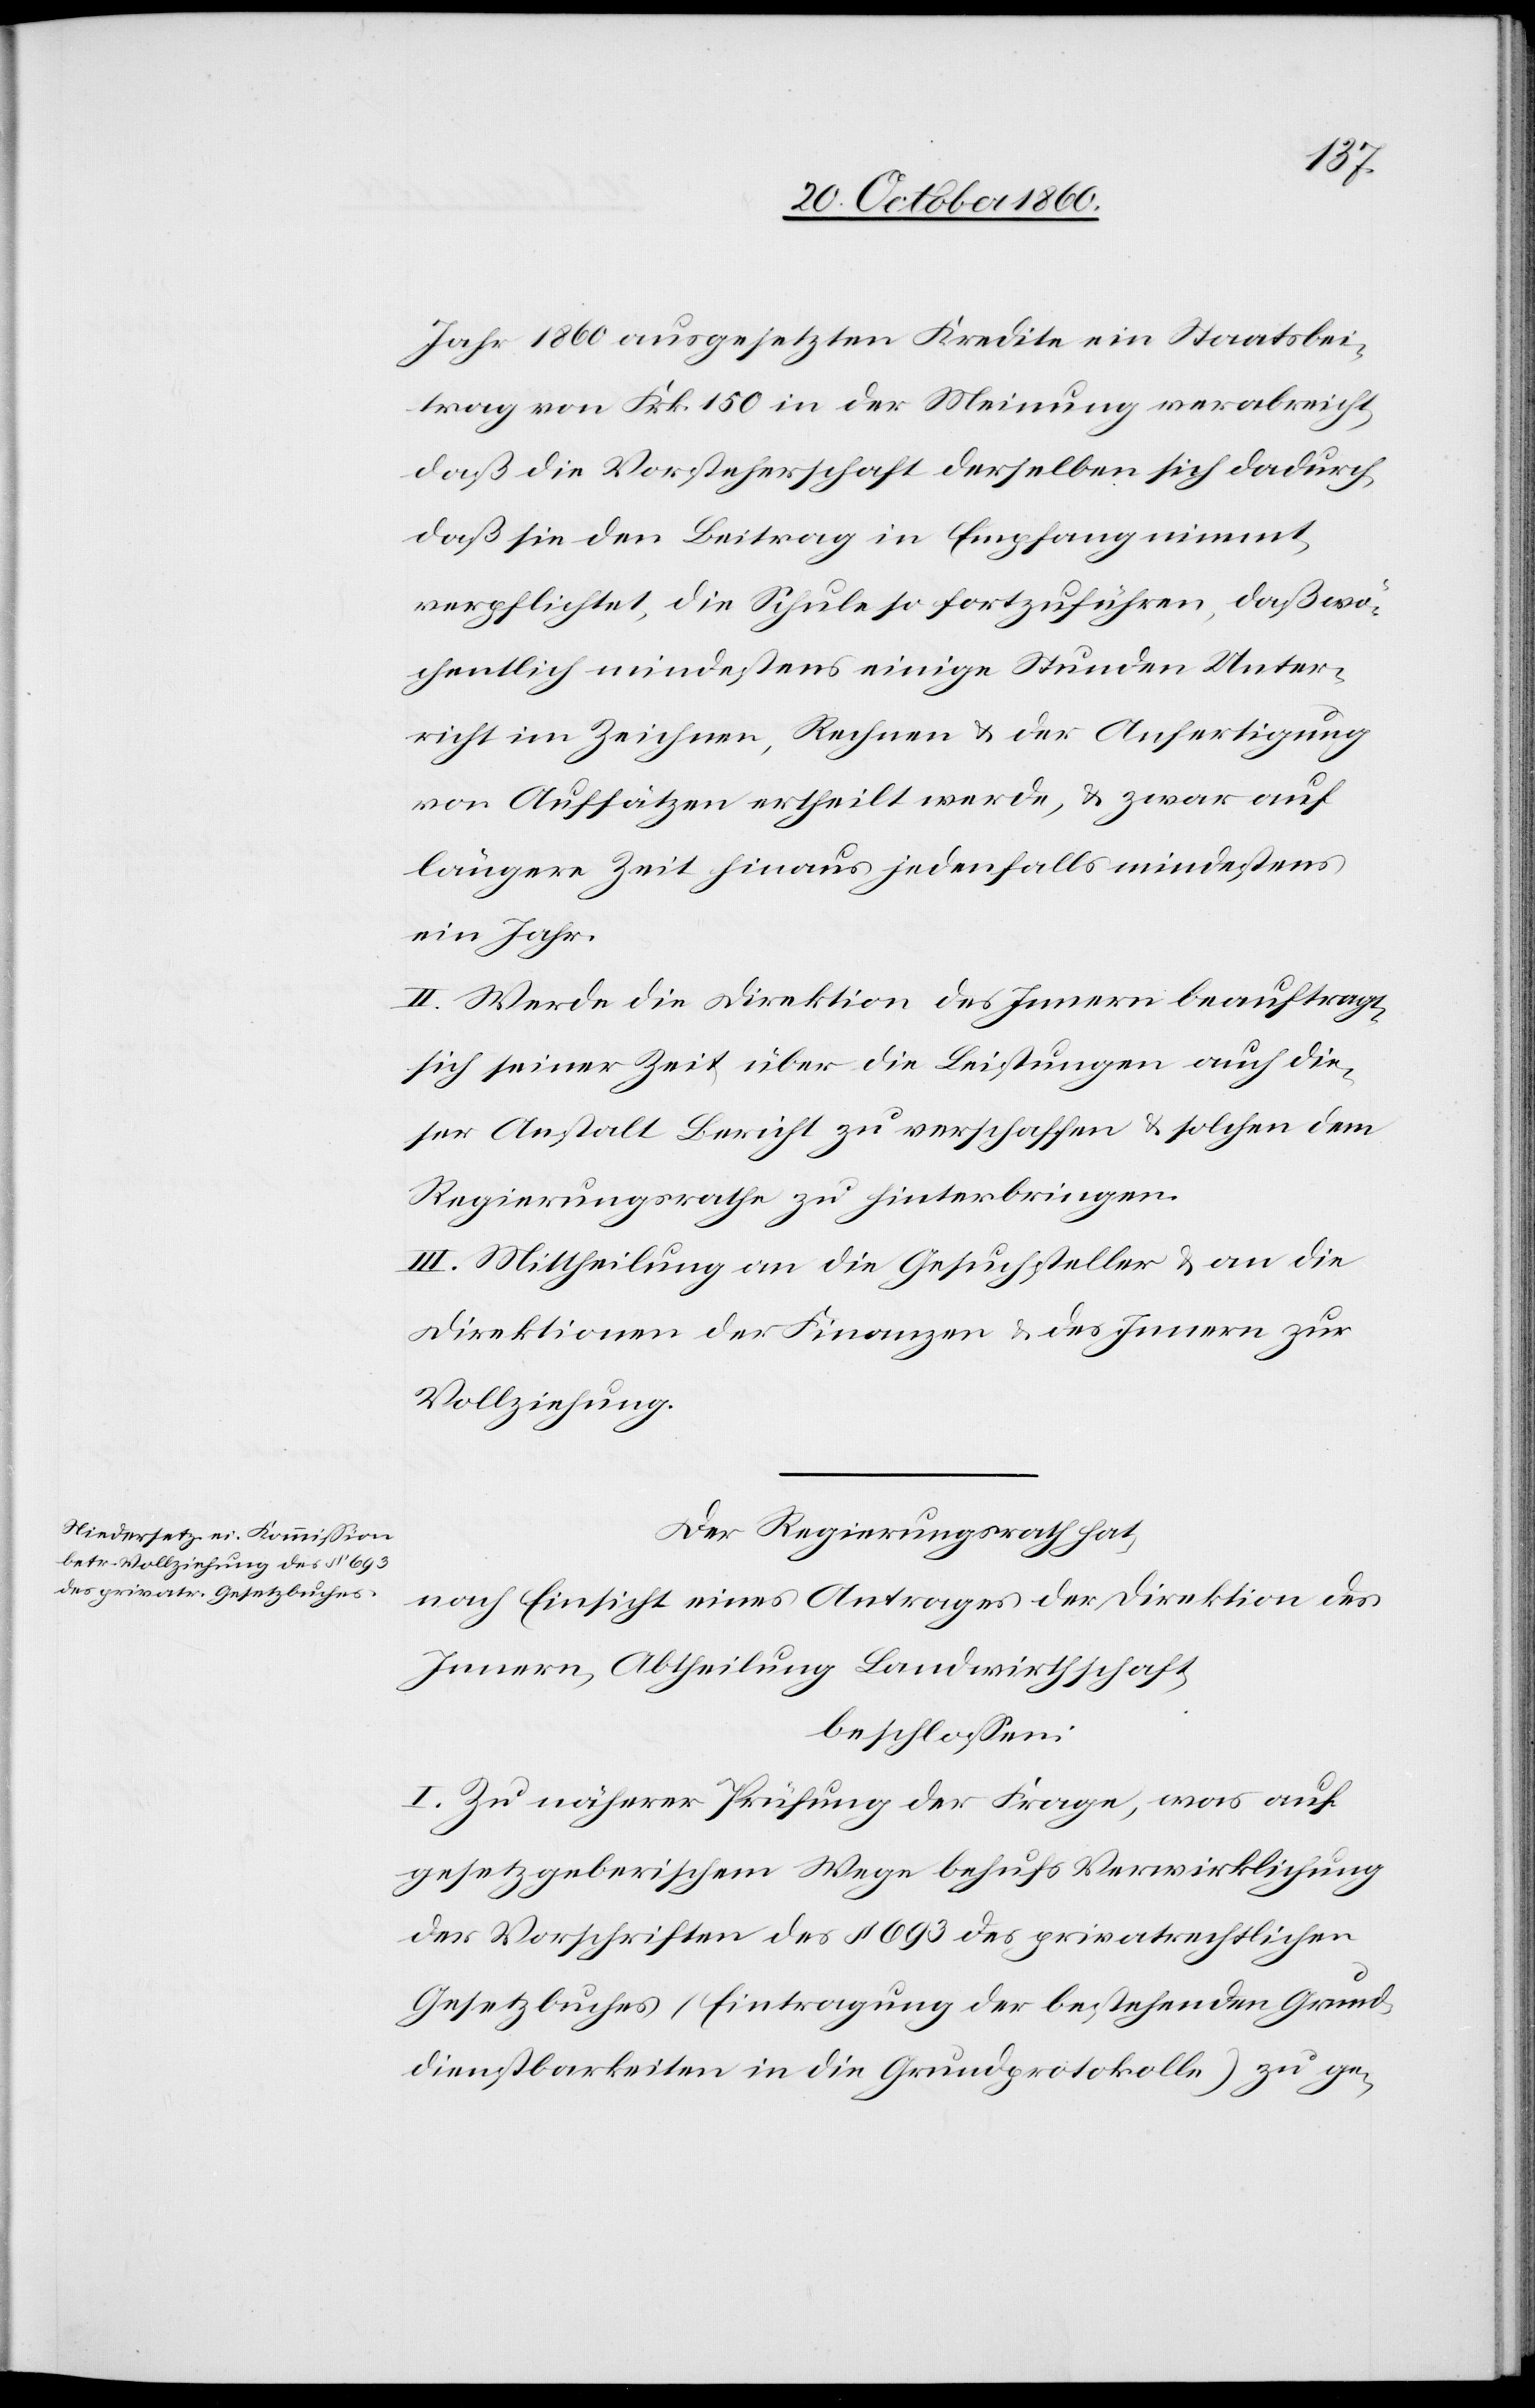
Jahr 1860 ausgesetzten Kredite ein Staatsbei¬
trag von Frk. 150 in der Meinung verabreicht,
daß die Vorsteherschaft derselben sich dadurch,
daß sie den Beitrag in Empfang nimmt,
verpflichtet, die Schule so fortzuführen, daß wö¬
chentlich mindestens einige Stunden Unter¬
richt im Zeichnen, Rechnen u. der Anfertigung
von Aufsätzen ertheilt werde, u. zwar auf
längere Zeit hinaus jedenfalls mindestens
ein Jahr.
II. Werde die Direktion des Innern beauftragt,
sich seiner Zeit über die Leistungen nach die¬
ser Anstalt Bericht zu verschaffen u. solchen dem
Regierungsrathe zu hinterbringen.
III. Mittheilung an die Gesuchsteller u. an die
Direktionen der Finanzen u. des Innern zur
Vollziehung.
Der Regierungsrath hat,
nach Einsicht eines Antrages der Direktion des
Innern, Abtheilung Landwirthschaft,
beschlossen:
I. Zu näherer Prüfung der Frage, was auf
gesetzgeberischem Wege behufs Verwirklichung
der Vorschriften des § 639 des privatrechtlichen
Gesetzbuches (Eintragung der bestehenden Grund¬
dienstbarkeiten in die Grundprotokolle) zu ge-